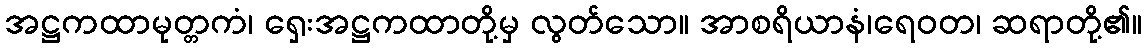
အဋ္ဌကထာမုတ္တကံ၊ ရှေးအဋ္ဌကထာတို့မှ လွတ်သော။ အာစရိယာနံ၊ရေဝတ၊ ဆရာတို့၏။